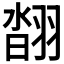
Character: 𦑇